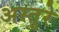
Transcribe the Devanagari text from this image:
अस्तुरे